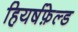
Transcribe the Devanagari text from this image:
हियर्षफ़ेल्ड